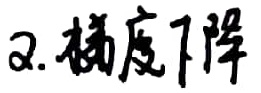
2. 梯度下降